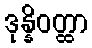
ဒုန္နိဝတ္ထာ